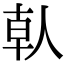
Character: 倝